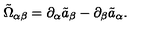
{ \tilde { \Omega } } _ { \alpha \beta } = \partial _ { \alpha } { \tilde { a } } _ { \beta } - \partial _ { \beta } { \tilde { a } } _ { \alpha } .